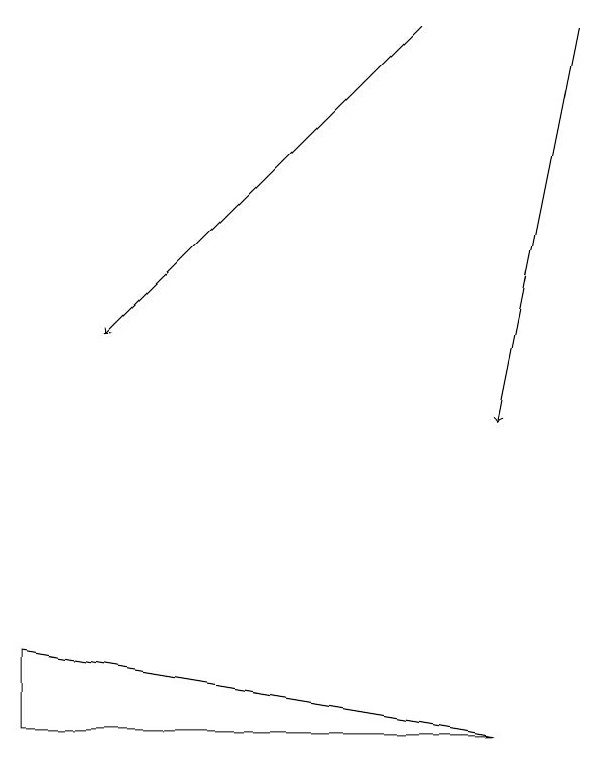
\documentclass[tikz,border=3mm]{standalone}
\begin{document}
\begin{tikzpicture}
\draw[->] (9,16) -- (8,11);
\draw[->] (7,16) -- (3,12);
\draw (2,7) -- (2,8) -- (8,7) -- cycle;
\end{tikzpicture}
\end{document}